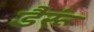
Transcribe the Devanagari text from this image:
डैरूं